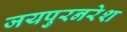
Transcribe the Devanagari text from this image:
जयपुरनरेश